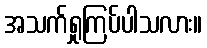
အသက်ရှုကြပ်ပါသလား။